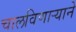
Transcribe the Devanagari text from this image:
चालविणाऱ्याने